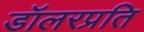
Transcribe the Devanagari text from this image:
डॉलरप्रति